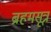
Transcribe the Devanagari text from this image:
ब्रहमसूत्र